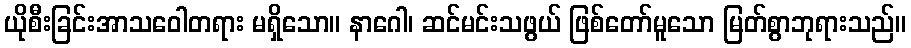
ယိုစီးခြင်းအာသဝေါတရား မရှိသော။ နာဂေါ၊ ဆင်မင်းသဖွယ် ဖြစ်တော်မူသော မြတ်စွာဘုရားသည်။